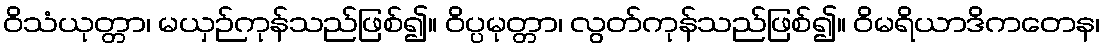
ဝိသံယုတ္တာ၊ မယှဉ်ကုန်သည်ဖြစ်၍။ ဝိပ္ပမုတ္တာ၊ လွတ်ကုန်သည်ဖြစ်၍။ ဝိမရိယာဒိကတေန၊